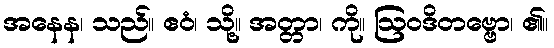
အနေန၊ သည်။ ဧဝံ၊ သို့။ အတ္တာ၊ ကို။ ဩဝဒိတဗ္ဗော၊ ၏။